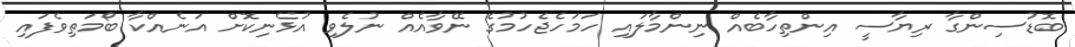
ބޮޑުސިންގާ ރިޔާސީ އިންތިހާބެއް ނިންމާލައި ހަމަހެޖެހުމުގެ ނޭވާއެއް ނުލެވި އުޅެނިކޮށް އަނެއްކާ ބޯމަތިވެފައި